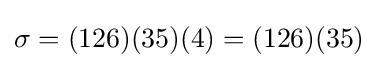
\sigma =(126)(35)(4)=(126)(35)